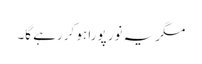
مگر یہ نور پورا ہو کر رہے گا۔